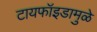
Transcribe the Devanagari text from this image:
टायफॉइडामुळे